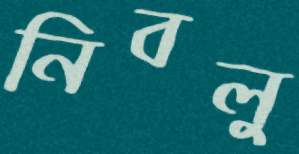
নিবলু